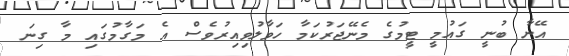
އޭނާ ބުނީ ގައުމީ ޓީމުގެ މެނޭޖަރުކަމާ ހަވާލުވިއިރުވެސް އެ މަގާމުގައި މާ ގިނަ